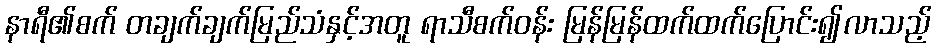
နာရီ၏စက် တချက်ချက်မြည်သံနှင့်အတူ ရာသီစက်ဝန်း မြန်မြန်ထက်ထက်ပြောင်း၍လာသည့်